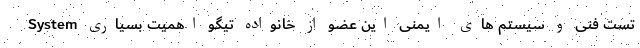
System تست فنی و سیستم های ایمنی این عضو از خانواده تیگو اهمیت بسیاری